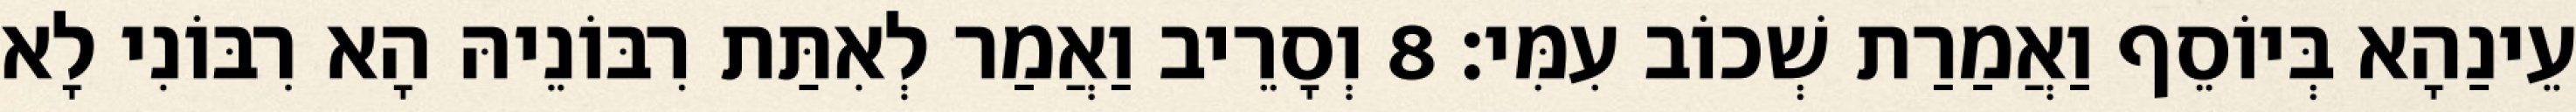
עֵינַהָא בְּיוֹסֵף וַאֲמַרַת שְׁכוֹב עִמִּי׃ 8 וְסָרֵיב וַאֲמַר לְאִתַּת רִבּוֹנֵיהּ הָא רִבּוֹנִי לָא